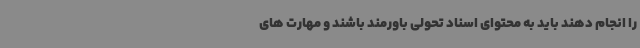
را انجام دهند باید به محتوای اسناد تحولی باورمند باشند و مهارت های